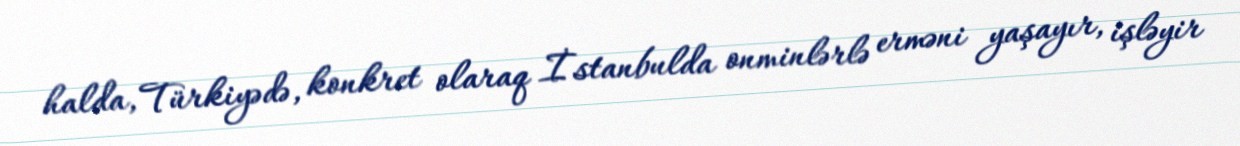
halda, Türkiyədə, konkret olaraq İstanbulda onminlərlə erməni yaşayır, işləyir